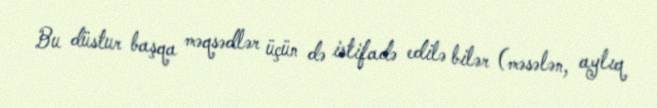
Bu düstur başqa məqsədlər üçün də istifadə edilə bilər (məsələn, aylıq